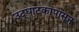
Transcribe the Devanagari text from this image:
उद्‌घाटकांपासून